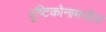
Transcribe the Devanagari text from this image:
दृष्टिकोनामधील